Insane asylums in Bengal annual reports 1867-1875 - 1867-1875
Year: 1867
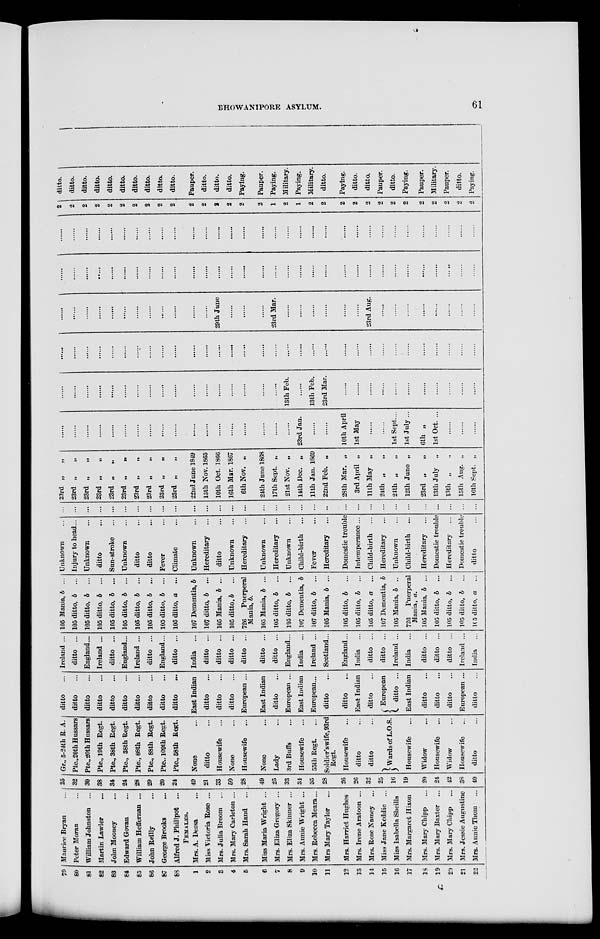
BHOWANIPORE ASYLUM.
61
79
80
81
82
83
84
85
86
87
88
1
2
3
4
5
6
7
8
9
10
11
12
13
14
15
16
17
18
19
20
21
22
Mauriee Bryan ...
Peter Moran ...
William Johnston ...
Martin Lawler ...
John Mooney ...
Edward Govan ...
William Heffernan ...
John Reilly ...
George Brooks ...
Alfred J. Phillpot ...
FEMALES.
Mrs. A. Dessa ...
Miss Victoria Rose ...
Mrs. Julia Broom
...
Mrs. Mary Carleton ...
Mrs. Sarah Hand ...
Miss Maria Wright ...
Mrs. Eliza Gregory ...
Mrs. Eliza Skinner ...
Mrs. Annie Wright ...
Mrs. Rebecca Meara...
Mrs Mary Taylor ...
Mrs. Harriet Hughes
Mrs. Irene Aratoon ...
Mrs. Rose Namey ...
Miss Jane Keddie ...
Miss Isabella Sheills
Mrs. Margaret Hixon
Mrs. Mary Chipp ...
Mrs. Mary Baxter ...
Mrs. Mary Chipp ...
Mrs. Jessie Augustine
Mrs. Annie Thom ...
25
32
30
38
34
24
28
29
20
24
49
21
33
50
28
49
25
33
34
35
28
26
26
32
25
16
19
20
24
42
38
40
Gr., 5-24th R. A.
Pte., 20th Hussars
Pte.,20th Hussars
Pte., 19th Regt.
Pte., 38th Regt.
Pte., 38th Regt.
Pte., 88th Regt.
Pte., 88th Regt.
Pte.. 109th Regt.
Pte., 58th Regt.
None ...
ditto ...
Housewife ...
None ...
Housewife
...
None ...
Lady ...
3rd Buffs ...
Housewife ...
55th Regt. ...
Soldier's wife, 93rd
Regt.
Housewife ...
ditto ...
ditto ...
Wards of L.O.S.
Housewife ...
Widow ...
Housewife ...
Widow ...
Housewife ...
ditto ...
ditto ...
ditto ...
ditto ...
ditto ...
ditto ...
ditto ...
ditto ...
ditto ...
ditto ...
ditto
...
East Indian
ditto ...
ditto ...
ditto ...
European ...
East Indian
ditto ...
European ...
East Indian
European...
ditto ...
ditto ...
East Indian
ditto ...
European
ditto ...
East Indian
ditto ...
ditto ...
ditto ...
European ...
ditto ...
Ireland ...
ditto ...
England...
Ireland ...
ditto ...
England...
Ireland ...
ditto ...
England...
ditto ...
India ...
ditto ...
ditto ...
ditto ...
ditto ...
ditto ...
ditto ...
England...
India ...
Ireland ...
Scotland...
England...
India ...
ditto ...
ditto ...
Ireland ...
India ...
ditto ...
ditto ...
ditto ...
Ireland ...
India ...
105 Mania, b ...
105 ditto, b
...
105 ditto, b ...
105 ditto, b ...
105 ditto, b ...
105 ditto, b ...
105 ditto, b
...
105 ditto, b
...
105 ditto, b ...
105 ditto, a
...
107 Dementia, b
107 ditto, b ...
105 Mania, b ...
105 ditto, b ...
726
Puerperal
Mania, b.
105 Mania, b ...
105 ditto, b
...
105 ditto, b ...
107 Dementia, b
107 ditto, b
...
105 Mania, b ...
105 ditto, b
...
105 ditto, b ...
105 ditto, a ...
107 Dementia, b
105 Mania, b ...
726
Puerperal
Mania, a.
105 Mania, b ...
105 ditto, b ...
105 ditto, b
...
105 ditto, b
...
105 ditto, a
...
Unknown ...
Injury to head...
Unknown ...
ditto ...
Sun-stroke ...
Unknown ...
ditto ...
ditto ...
Fever ...
Climate ...
Unknown ...
Hereditary ...
ditto ...
Unknown ...
Hereditary ...
Unknown ...
Hereditary ...
Unknown ...
Child-birth
...
Fever ...
Hereditary ...
Domestic trouble
Intemperance ...
Child-birth
...
Hereditary ...
Unknown ...
Child-birth
...
Hereditary ...
Domestic trouble
Hereditary ...
Domestic trouble
ditto ...
...
...
...
...
...
...
...
...
...
...
...
...
...
...
...
...
...
...
...
...
...
...
...
...
...
...
...
...
...
...
...
...
23rd „
„
23rd „
„
23rd „ „
23rd „ „
23rd „
„
23rd „
„
23rd „
„
23rd „ „
23rd „ „
23rd „ „
22nd June 1849
13th Nov. 1865
10th Oct. 1866
16th Mar. 1867
6th Nov. „
24th June 1868
17th Sept. „
21st Nov. „
14th Dec. „
11th Jan. 1869
22nd Feb. „
28th Mar. „
3rd April „
11th May „
24th „ „
24th „ „
12th June „
23rd „ „
13th July
„
13th „ „
15th Aug. „
16th Sept. „
......
......
......
......
......
......
......
......
......
......
......
......
......
......
......
......
......
......
23rd Jan.
......
......
10th April
1st May
......
......
1st Sept. ...
1st July ...
6th „
1st Oct. ...
......
......
......
......
......
......
......
......
......
......
......
......
......
......
......
......
......
......
......
......
13th Feb.
......
13th Feb.
23rd Mar.
......
......
......
......
......
......
......
......
......
......
......
......
......
......
......
......
......
......
......
......
......
......
......
......
......
......
......
......
......
......
......
......
......
......
......
......
......
......
......
......
......
......
......
......
......
......
......
......
......
......
......
......
......
......
29th June
......
......
......
23rd Mar.
......
......
......
......
......
......
23rd Aug.
......
......
......
......
......
......
......
......
......
......
......
......
......
......
......
......
......
......
......
......
......
......
......
......
......
......
......
......
......
......
......
......
......
......
......
......
......
......
......
......
......
......
......
......
......
......
......
......
......
......
......
......
......
......
......
......
......
......
......
......
......
......
......
......
......
......
......
......
......
......
......
......
2 2
2
2
2
2
2
2
2
2
2
2
2
2
2
2
1
2
1
2
2
2
2
2
2
2
2
2
2
2
2
2
ditto.
ditto.
ditto.
ditto.
ditto.
ditto.
ditto.
ditto.
ditto.
ditto.
Pauper.
ditto.
ditto.
ditto.
Paying.
Pauper.
Paying.
Military.
Paying.
Military.
ditto.
Paying.
ditto.
ditto.
Pauper.
ditto.
Paying.
Pauper.
Military.
Pauper.
ditto.
Paying.
Q